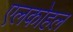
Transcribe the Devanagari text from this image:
एलकोहल